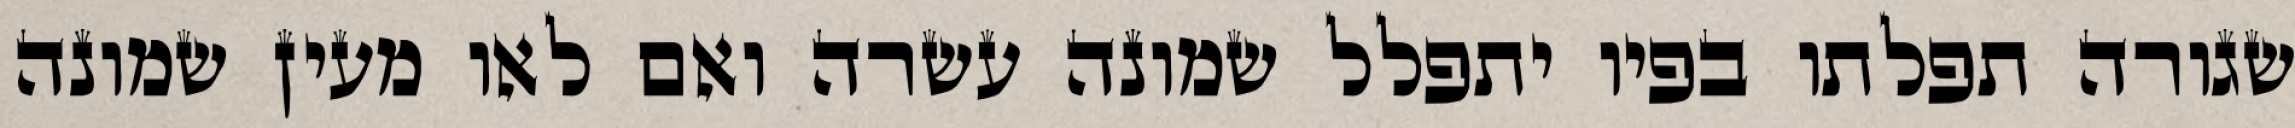
שגורה תפלתו בפיו יתפלל שמונה עשרה ואם לאו מעין שמונה